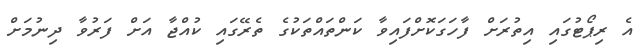
އެ ރިޕޯޓުގައި އިތުރަށް ފާހަގަކޮށްފައިވާ ކަންތައްތަކުގެ ތެރޭގައި ކުއްޖާ އަށް ފަރުވާ ދިނުމަށް